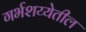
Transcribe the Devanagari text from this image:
गर्भशय्येतील